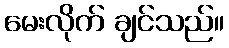
မေးလိုက် ချင်သည်။